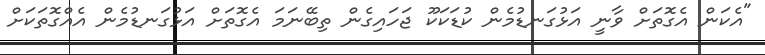
"އެކަން އެގޮތަށް ވާނީ އަޅުގަނޑުމެން ކުޑަކަކޫ ޖަހައިގެން ތިބޭނަމަ އެގޮތަށް އަޅުގަނޑުމެން އެއްގޮތަކަށް